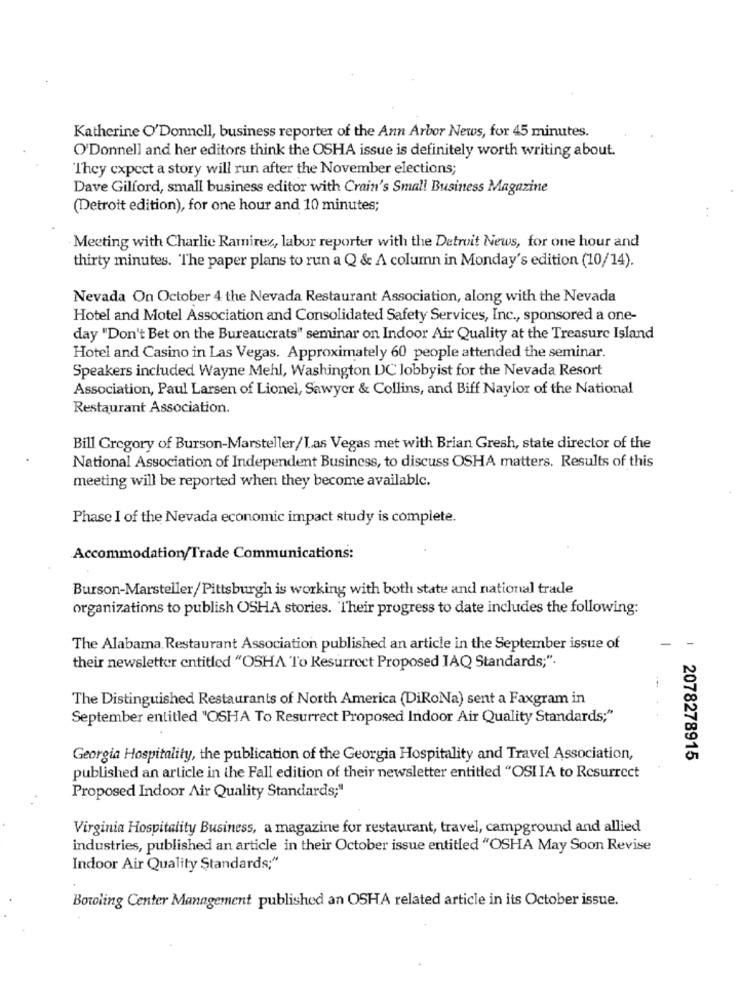
Katherine O'Donnell, business reporter of the Ann Arbor News, for 45 minutes.
O'Donnell and her editors think the OSHA issue is definitely worth writing about.
They expect a story will run after the November elections;
Dave Gilford, small business editor with Crain's Small Business Magazine
(Detroit edition), for one hour and 10 minutes;
Meeting with Charlie Ramirez, labor reporter with the Detroit News, for one hour and
thirty minutes. The paper plans to run a Q & A column in Monday's edition (10/14).
Nevada On October 4 the Nevada Restaurant Association, along with the Nevada
Hotel and Motel Association and Consolidated Safety Services, Inc ., sponsored a one-
day "Don't Bet on the Bureaucrats" seminar on Indoor Air Quality at the Treasure Island
Hotel and Casino in Las Vegas. Approximately 60 people attended the seminar.
Speakers included Wayne Mehl, Washington DC lobbyist for the Nevada Resort
Association, Paul Larsen of Lionel, Sawyer & Collins, and Biff Naylor of the National
Restaurant Association.
Bill Gregory of Burson-Marsteller/Las Vegas met with Brian Gresh, state director of the
National Association of Independent Business, to discuss OSHA matters. Results of this
meeting will be reported when they become available.
Phase I of the Nevada economic impact study is complete.
Accommodation/Trade Communications:
Burson-Marsteller/Pittsburgh is working with both state and national trade
organizations to publish OSHA stories. Their progress to date includes the following:
The Alabama, Restaurant Association published an article in the September issue of
their newsletter entitled "OSHA To Resurrect Proposed IAQ Standards;".
The Distinguished Restaurants of North America (DiRoNa) sent a Faxgram in
September entitled "OSHA To Resurrect Proposed Indoor Air Quality Standards;"
Georgia Hospitality, the publication of the Georgia Hospitality and Travel Association,
1 2078278915
published an article in the Fall edition of their newsletter entitled "OSI IA to Resurrect
Proposed Indoor Air Quality Standards;"
Virginia Hospitality Business, a magazine for restaurant, travel, campground and allied
industries, published an article in their October issue entitled "OSHA May Soon Revise
Indoor Air Quality Standards;"
Boroling Center Management published an OSHA related article in its October issue.